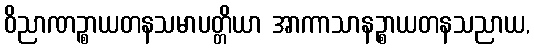
ဝိညာဏဉ္စာယတနသမာပတ္တိယာ အာကာသာနဉ္စာယတနသညာယ,